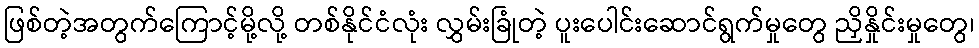
ဖြစ်တဲ့အတွက်ကြောင့်မို့လို့ တစ်နိုင်ငံလုံး လွှမ်းခြုံတဲ့ ပူးပေါင်းဆောင်ရွက်မှုတွေ ညှိနှိုင်းမှုတွေ၊